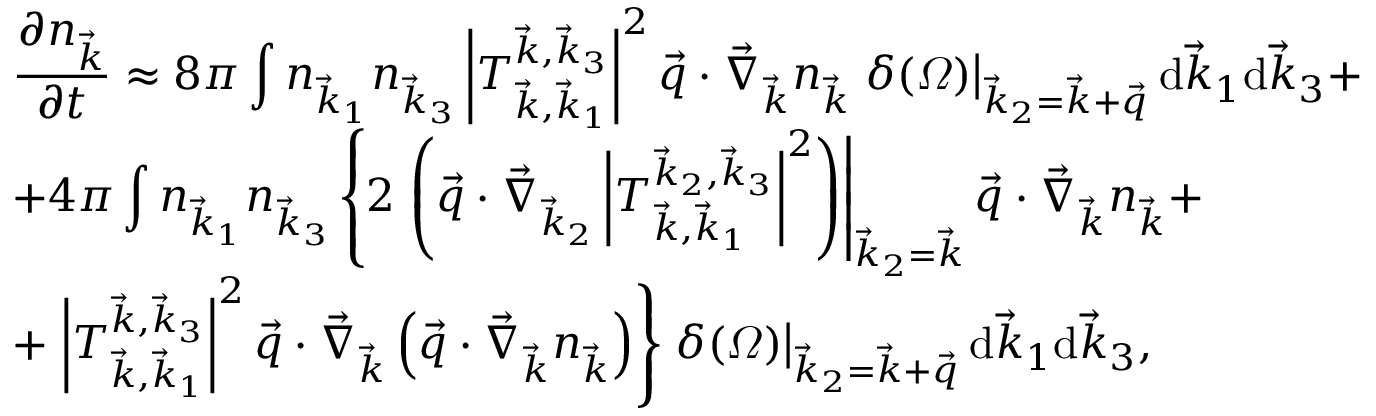
\begin{array} { l } { \displaystyle \frac { \partial n _ { \vec { k } } } { \partial t } \approx 8 \pi \int n _ { \vec { k } _ { 1 } } n _ { \vec { k } _ { 3 } } \left| T _ { \vec { k } , \vec { k } _ { 1 } } ^ { \vec { k } , \vec { k } _ { 3 } } \right| ^ { 2 } \vec { q } \cdot \vec { \nabla } _ { \vec { k } } n _ { \vec { k } } \left. \delta ( \varOmega ) \right| _ { \vec { k } _ { 2 } = \vec { k } + \vec { q } } \mathrm d \vec { k } _ { 1 } \mathrm d \vec { k } _ { 3 } + } \\ { \displaystyle + 4 \pi \int n _ { \vec { k } _ { 1 } } n _ { \vec { k } _ { 3 } } \left\{ 2 \left. \left( \vec { q } \cdot \vec { \nabla } _ { \vec { k } _ { 2 } } \left| T _ { \vec { k } , \vec { k } _ { 1 } } ^ { \vec { k } _ { 2 } , \vec { k } _ { 3 } } \right| ^ { 2 } \right) \right| _ { \vec { k } _ { 2 } = \vec { k } } \vec { q } \cdot \vec { \nabla } _ { \vec { k } } n _ { \vec { k } } + \right. } \\ { + \left. \left| T _ { \vec { k } , \vec { k } _ { 1 } } ^ { \vec { k } , \vec { k } _ { 3 } } \right| ^ { 2 } \vec { q } \cdot \vec { \nabla } _ { \vec { k } } \left( \vec { q } \cdot \vec { \nabla } _ { \vec { k } } n _ { \vec { k } } \right) \right\} \left. \delta ( \varOmega ) \right| _ { \vec { k } _ { 2 } = \vec { k } + \vec { q } } \mathrm d \vec { k } _ { 1 } \mathrm d \vec { k } _ { 3 } , } \end{array}